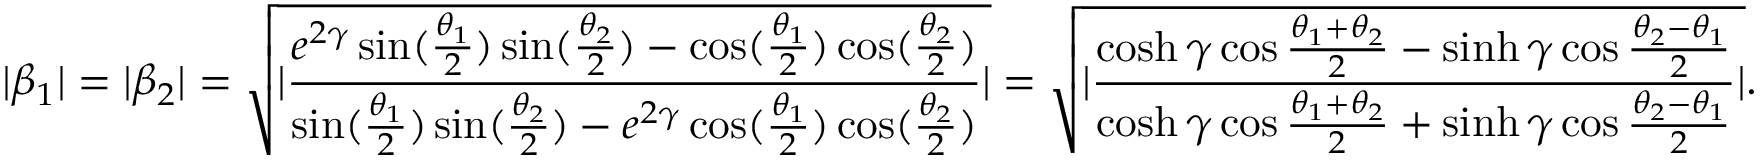
| \beta _ { 1 } | = | \beta _ { 2 } | = \sqrt { | \frac { e ^ { 2 \gamma } \sin ( \frac { \theta _ { 1 } } { 2 } ) \sin ( \frac { \theta _ { 2 } } { 2 } ) - \cos ( \frac { \theta _ { 1 } } { 2 } ) \cos ( \frac { \theta _ { 2 } } { 2 } ) } { \sin ( \frac { \theta _ { 1 } } { 2 } ) \sin ( \frac { \theta _ { 2 } } { 2 } ) - e ^ { 2 \gamma } \cos ( \frac { \theta _ { 1 } } { 2 } ) \cos ( \frac { \theta _ { 2 } } { 2 } ) } | } = \sqrt { | \frac { \cosh \gamma \cos \frac { \theta _ { 1 } + \theta _ { 2 } } { 2 } - \sinh \gamma \cos \frac { \theta _ { 2 } - \theta _ { 1 } } { 2 } } { \cosh \gamma \cos \frac { \theta _ { 1 } + \theta _ { 2 } } { 2 } + \sinh \gamma \cos \frac { \theta _ { 2 } - \theta _ { 1 } } { 2 } } | } .